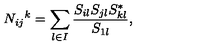
N _ { i j } { } ^ { k } = \sum _ { l \in I } \frac { S _ { i l } S _ { j l } S _ { k l } ^ { * } } { S _ { 1 l } } ,